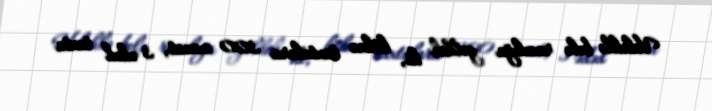
Valehlə belə razılığa gəldik ki, köhnə taxtalara 300 manat, 3 ədəd taxta